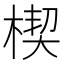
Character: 楔